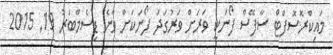
މައިކްރޮސޮފްޓް ސާފޭސް ފޯނަކީ ވަރަށް ވަރުގަދަ ފޯނަކަށް ވާނެ ޑިސެމްބަރު 19